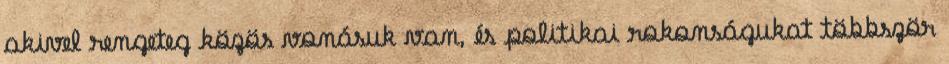
akivel rengeteg közös vonásuk van, és politikai rokonságukat többször